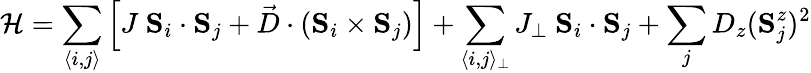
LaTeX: \mathcal{H}=\sum_{\langle i,j\rangle}\left[J\ \textbf{S}_{i}\cdot\textbf{S}_{j}+\vec{D}\cdot(\textbf{S}_{i}\times\textbf{S}_{j})\right]+\sum_{\langle i,j\rangle_{\perp}}J_{\perp}\ \textbf{S}_{i}\cdot\textbf{S}_{j}+\sum_{j}D_{z}(\textbf{S}_{j}^{z})^{2}